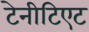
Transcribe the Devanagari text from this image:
टेनीटिएट